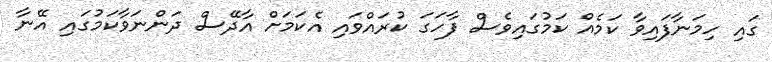
ގައި ހިމަނާފައިވާ ކަމެއް ކަމުގައިވެސް ފާހަގަ ކުރައްވައި އެކަމަށް އާދޭސް ދަންނަވާކަމުގައި އޭނާ